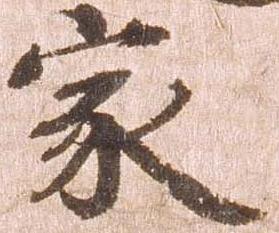
家